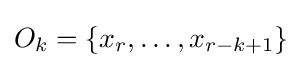
O_{k}=\{x_{r},\ldots ,x_{r-k+1}\}